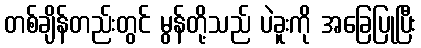
တစ်ချိန်တည်းတွင် မွန်တို့သည် ပဲခူးကို အခြေပြုပြီး